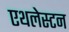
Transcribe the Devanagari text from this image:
एथलेस्टन